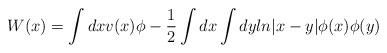
LaTeX: \begin{align*}W(x)=\int dx v(x)\phi-{1\over 2}\int dx\int dyln|x-y|\phi (x)\phi (y) \end{align*}